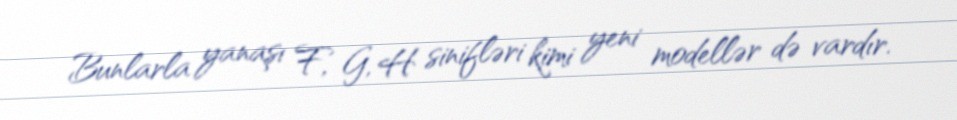
Bunlarla yanaşı F, G, H sinifləri kimi yeni modellər də vardır.